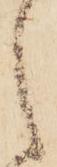
之